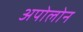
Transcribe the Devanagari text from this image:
अपोलोन